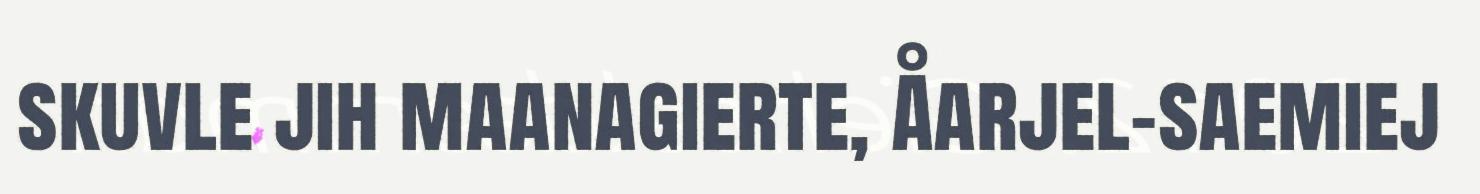
skuvle jih maanagierte, Åarjel-saemiej